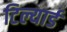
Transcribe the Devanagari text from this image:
टिल्यार्ड